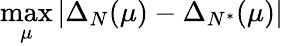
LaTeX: \operatorname*{max}_{\mu}|\Delta_{N}(\mu)-\Delta_{N^{*}}(\mu)|